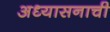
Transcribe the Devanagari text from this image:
अध्यासनाची